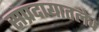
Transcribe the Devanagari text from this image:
संप्रदायातलेच